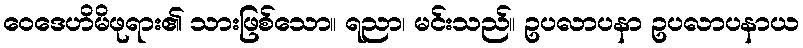
ဝေဒေဟိမိဖုရား၏ သားဖြစ်သော။ ရညာ၊ မင်းသည်။ ဥပလာပနာ ဥပလာပနာယ